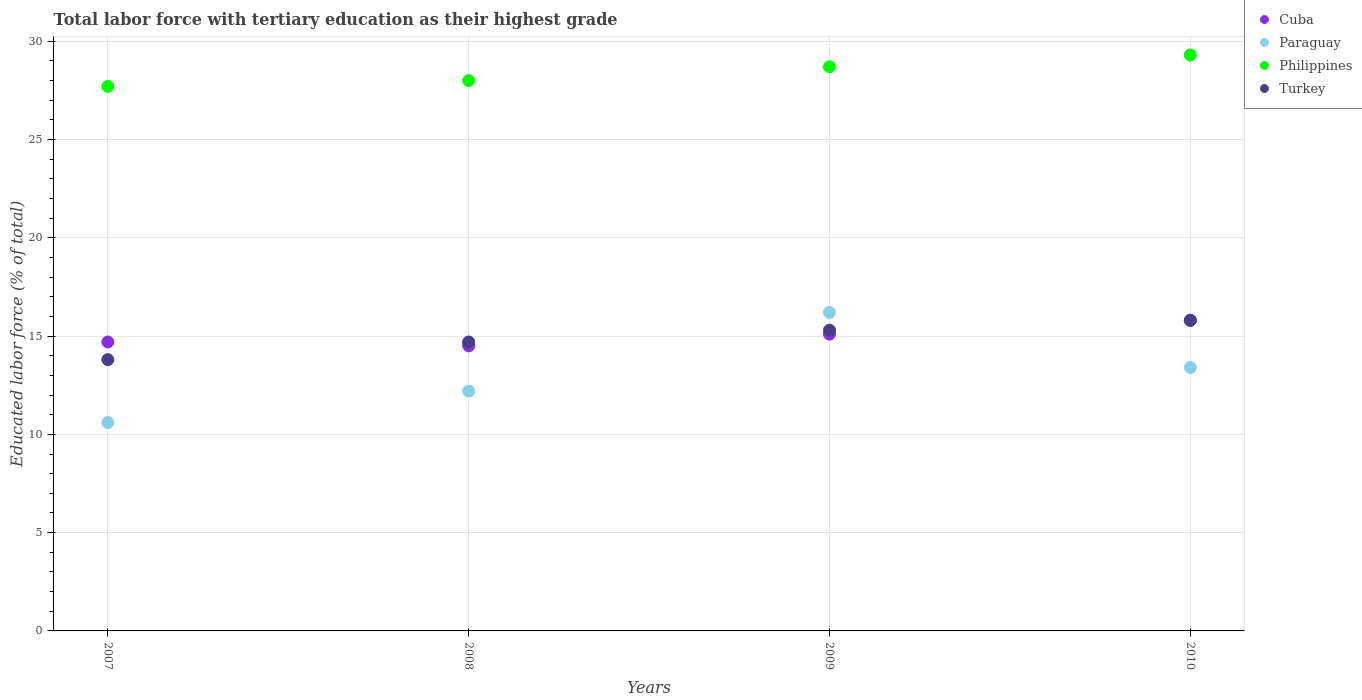
| Years | Cuba | Paraguay | Philippines | Turkey |
 | --- | --- | --- | --- | --- |
 | 2007 | 14.7 | 10.6 | 27.7 | 13.8 |
 | 2008 | 14.5 | 12.2 | 28 | 14.7 |
 | 2009 | 15.1 | 16.2 | 28.7 | 15.3 |
 | 2010 | 15.8 | 13.4 | 29.3 | 15.8 |